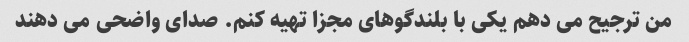
من ترجیح می دهم یکی با بلندگوهای مجزا تهیه کنم. صدای واضحی می دهند